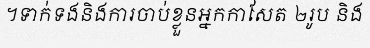
។ទាក់ទងនិងការចាប់ខ្លួនអ្នកកាសែត ២រូប និង